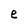
Character: e